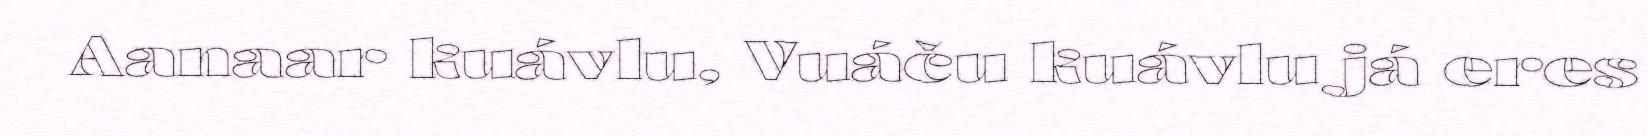
Aanaar kuávlu, Vuáču kuávlu já eres